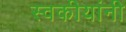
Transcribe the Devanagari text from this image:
स्वकीयांनी